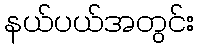
နယ်ပယ်အတွင်း